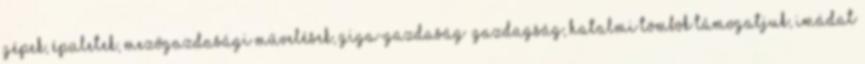
gépek, épületek, mezőgazdasági művelések, giga-gazdaság gazdagság, hatalmi tömbök támogatjuk, imádat